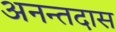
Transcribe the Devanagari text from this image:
अनन्तदास